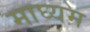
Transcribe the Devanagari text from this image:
माघ्‍यम